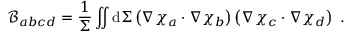
\mathcal { B } _ { a b c d } = \frac { 1 } { \Sigma } \iint \mathrm { d } \Sigma \left( \nabla \chi _ { a } \cdot \nabla \chi _ { b } \right) \left( \nabla \chi _ { c } \cdot \nabla \chi _ { d } \right) ~ .